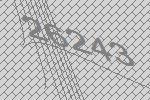
26243